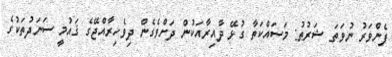
ފެންވަރު ނުވަތަ ޝަރުޠު: މަސައްކަތާ ގުޅޭ ދާއިރާއަކުން ދަށްވެގެން ދިވެހިރާއްޖޭގެ ޤައުމީ ސަނަދުތަކުގެ